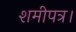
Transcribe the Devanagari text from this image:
शमीपत्र।